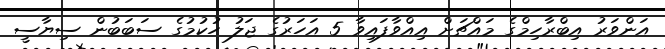
އަންވަރު އިބްރާހިމްގެ މައްޗަށް އިއްވާފައިވާ 5 އަހަރުގެ ޖަލު ހުކުމުގެ ސަބަބުން ސިޔާސީ